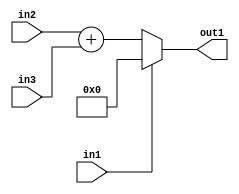
`timescale 1ps / 1ps
/*****************************************************************************
    Verilog RTL Description
    
    
    Created by: Stratus DpOpt 21.05.01 
*******************************************************************************/

module dut_entirecomputation_alt8_1 (
	in1,
	in2,
	in3,
	out1
	); /* architecture "behavioural" */ 
input  in1,
	in2;
input [6:0] in3;
output [7:0] out1;
wire [7:0] asc001,
	asc002;

assign asc002 = 
	+(in2)
	+(in3);

reg [7:0] asc001_tmp_0;
assign asc001 = asc001_tmp_0;
always @ (in1 or asc002) begin
	case (in1)
		1'B1 : asc001_tmp_0 = 8'B00000000 ;
		default : asc001_tmp_0 = asc002 ;
	endcase
end

assign out1 = asc001;
endmodule

/* CADENCE  uLn0Tg0= : u9/ySxbfrwZIxEzHVQQV8Q== ** DO NOT EDIT THIS LINE ******/